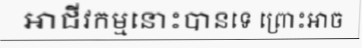
អាជីវកម្មនោះបានទេ ព្រោះអាច